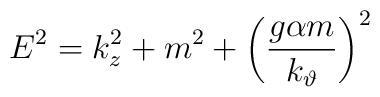
E^2=k_z^2+m^2+\left( \frac{g\alpha m}{k_\vartheta }\right) ^2